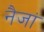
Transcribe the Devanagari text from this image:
नैजां